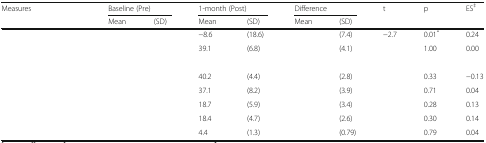
<table><thead><tr><td rowspan="2"><b>Measures</b></td><td colspan="2"><b>Baseline (Pre)</b></td><td colspan="2"><b>1-month (Post)</b></td><td colspan="2"><b>Difference</b></td><td rowspan="2"><b>t</b></td><td rowspan="2"><b>p</b></td><td rowspan="2"><b>ES<sup>‡</sup></b></td></tr><tr><td><b>Mean</b></td><td><b>(SD)</b></td><td><b>Mean</b></td><td><b>(SD)</b></td><td><b>Mean</b></td><td><b>(SD)</b></td></tr></thead><tbody><tr><td>[EMPTY_CELL]</td><td>[EMPTY_CELL]</td><td>[EMPTY_CELL]</td><td>−8.6</td><td>(18.6)</td><td>[EMPTY_CELL]</td><td>(7.4)</td><td>−2.7</td><td>0.01<sup>*</sup></td><td>0.24</td></tr><tr><td>[EMPTY_CELL]</td><td>[EMPTY_CELL]</td><td>[EMPTY_CELL]</td><td>39.1</td><td>(6.8)</td><td>[EMPTY_CELL]</td><td>(4.1)</td><td>[EMPTY_CELL]</td><td>1.00</td><td>0.00</td></tr><tr><td colspan="10">[EMPTY_CELL]</td></tr><tr><td>[EMPTY_CELL]</td><td>[EMPTY_CELL]</td><td>[EMPTY_CELL]</td><td>40.2</td><td>(4.4)</td><td>[EMPTY_CELL]</td><td>(2.8)</td><td>[EMPTY_CELL]</td><td>0.33</td><td>−0.13</td></tr><tr><td>[EMPTY_CELL]</td><td>[EMPTY_CELL]</td><td>[EMPTY_CELL]</td><td>37.1</td><td>(8.2)</td><td>[EMPTY_CELL]</td><td>(3.9)</td><td>[EMPTY_CELL]</td><td>0.71</td><td>0.04</td></tr><tr><td>[EMPTY_CELL]</td><td>[EMPTY_CELL]</td><td>[EMPTY_CELL]</td><td>18.7</td><td>(5.9)</td><td>[EMPTY_CELL]</td><td>(3.4)</td><td>[EMPTY_CELL]</td><td>0.28</td><td>0.13</td></tr><tr><td>[EMPTY_CELL]</td><td>[EMPTY_CELL]</td><td>[EMPTY_CELL]</td><td>18.4</td><td>(4.7)</td><td>[EMPTY_CELL]</td><td>(2.6)</td><td>[EMPTY_CELL]</td><td>0.30</td><td>0.14</td></tr><tr><td>[EMPTY_CELL]</td><td>[EMPTY_CELL]</td><td>[EMPTY_CELL]</td><td>4.4</td><td>(1.3)</td><td>[EMPTY_CELL]</td><td>(0.79)</td><td>[EMPTY_CELL]</td><td>0.79</td><td>0.04</td></tr></tbody></table>